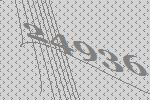
24936